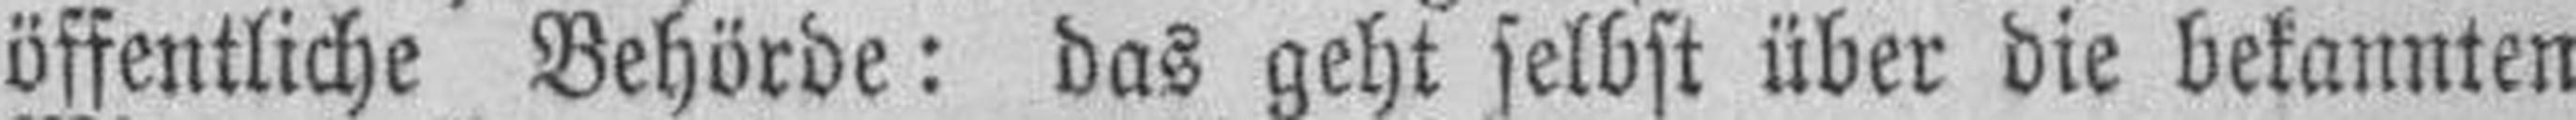
öffentliche Behörde: das geht selbst über die bekannten